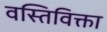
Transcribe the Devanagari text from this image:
वस्तिविक्ता